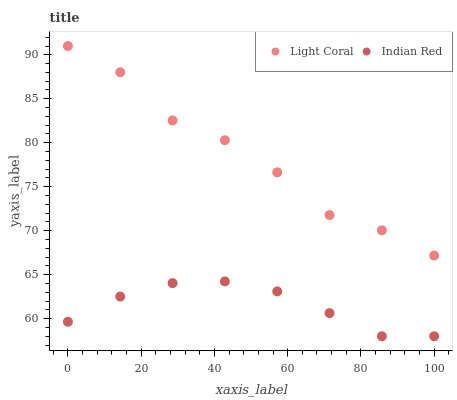
| xaxis_label | Light Coral | Indian Red |
 | --- | --- | --- |
 | 0 | 91 | 59.7 |
 | 14.3 | 88 | 62.5 |
 | 28.6 | 82.5 | 64 |
 | 42.9 | 80.3 | 64.2 |
 | 57.1 | 76.6 | 63.1 |
 | 71.4 | 71.8 | 60.6 |
 | 85.7 | 70 | 58 |
 | 100 | 67.2 | 58 |